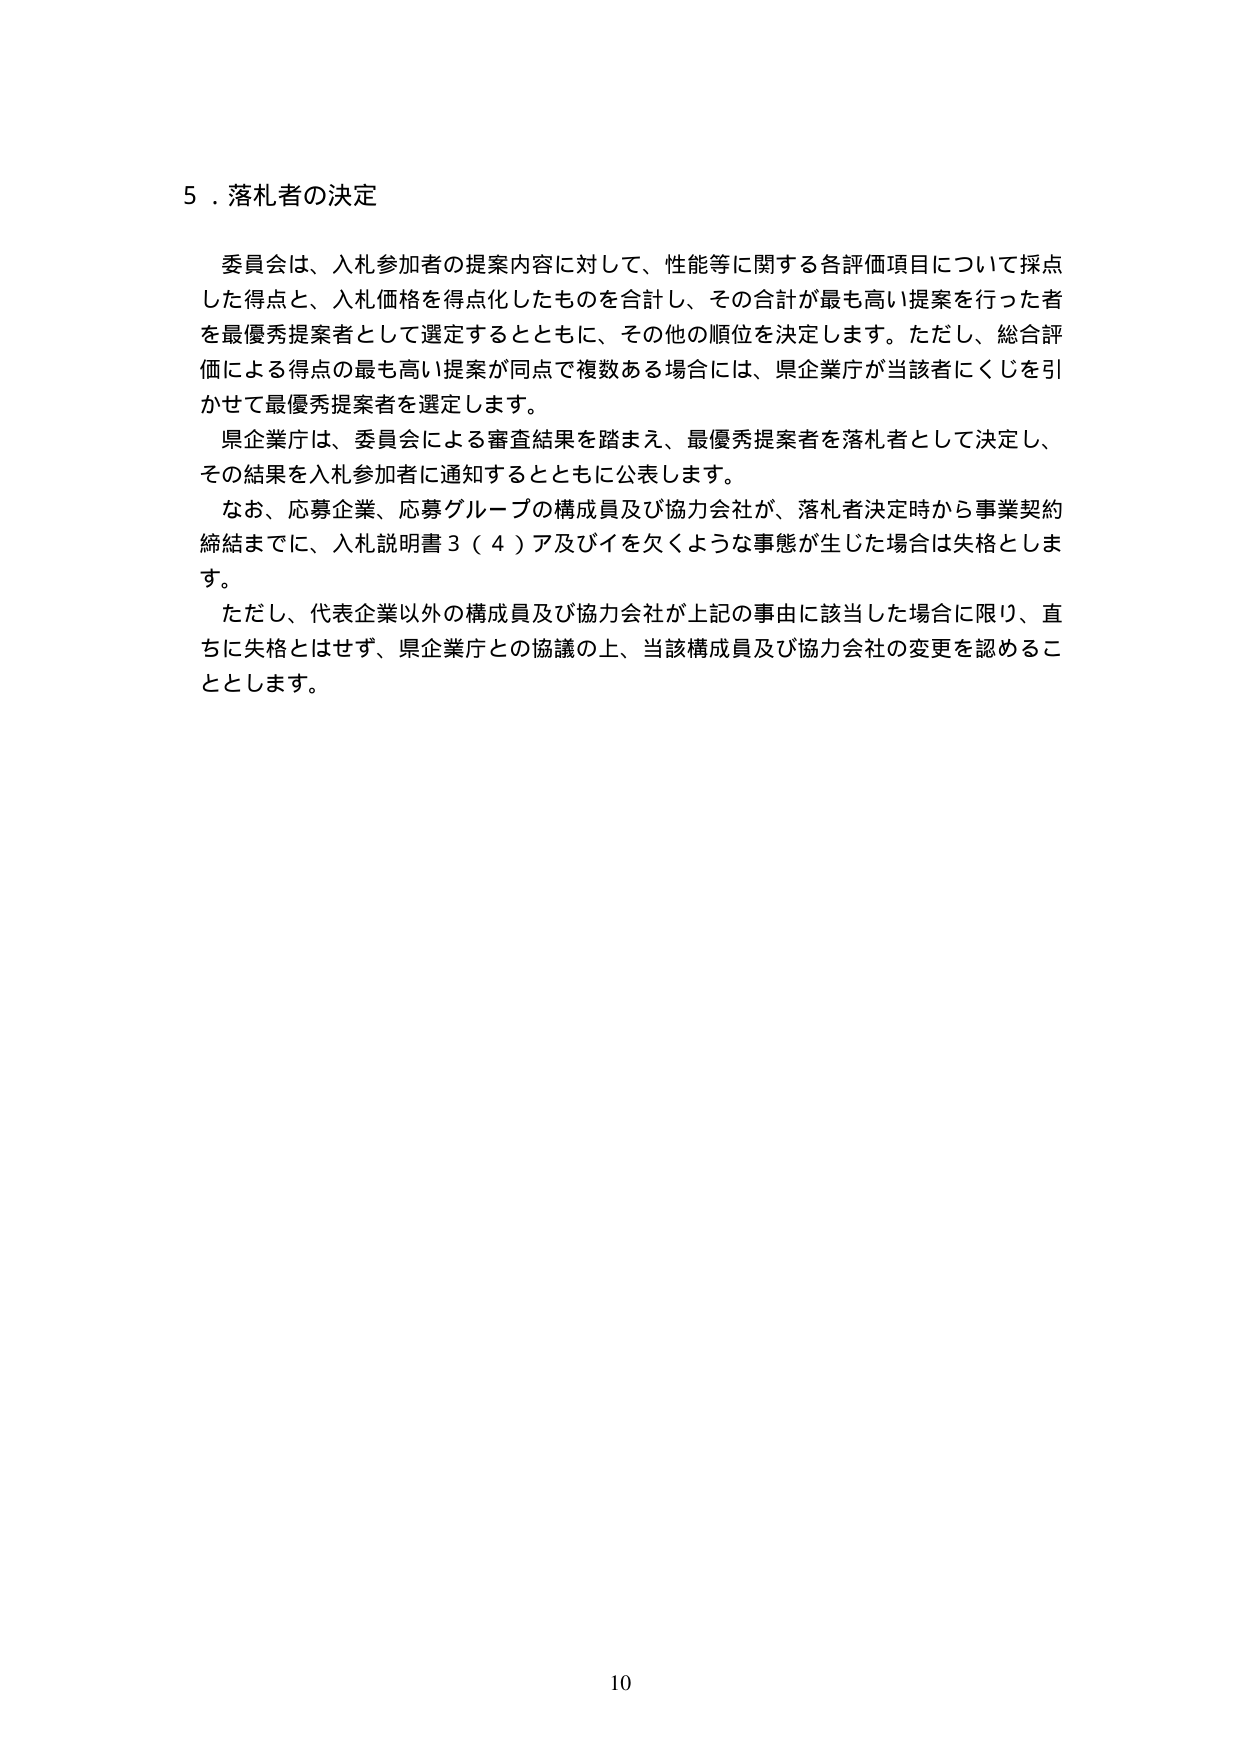
5．落札者の決定

委員会は、入札参加者の提案内容に対して、性能等に関する各評価項目について採点した得点と、入札価格を得点化したものを合計し、その合計が最も高い提案を行った者を最優秀提案者として選定するとともに、その他の順位を決定します。ただし、総合評価による得点の最も高い提案が同点で複数ある場合には、県企業庁が当該者にくじを引かせて最優秀提案者を選定します。

県企業庁は、委員会による審査結果を踏まえ、最優秀提案者を落札者として決定し、その結果を入札参加者に通知するとともに公表します。

なお、応募企業、応募グループの構成員及び協力会社が、落札者決定時から事業契約締結までに、入札説明書3（4）ア及びイを欠くような事態が生じた場合は失格とします。

ただし、代表企業以外の構成員及び協力会社が上記の事由に該当した場合に限り、直ちに失格とはせず、県企業庁との協議の上、当該構成員及び協力会社の変更を認めることがあります。

10